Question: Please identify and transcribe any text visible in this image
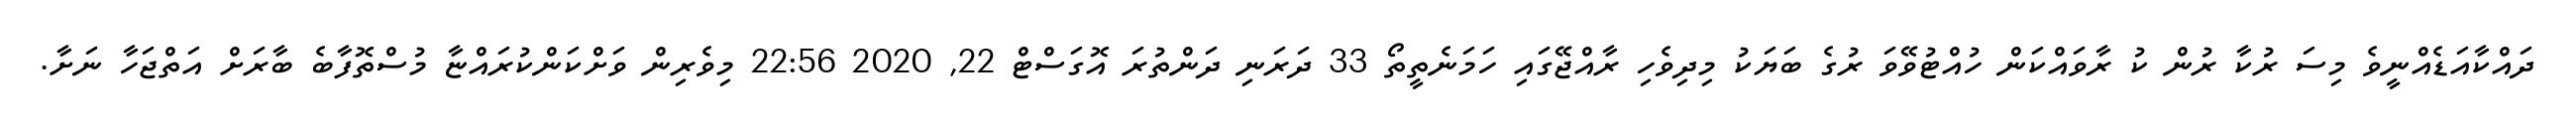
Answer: ދައްކާއަޑެއްނީވެ މިސަ ރުކާ ރުން ކު ރާވައްކަން ހުއްޓުވޭވަ ރުގެ ބަޔަކު މިދިވެހި ރާއްޖޭގައި ހަމަނެތީތޯ 33 ދަރަނި ދަންތުރަ އޮގަސްޓް 22, 2020 22:56 މިވެރިން ވަށްކަންކުރައްޏާ މުސްތޮފާބެ ބާރަށް އަތްޖަހާ ނަށާ.